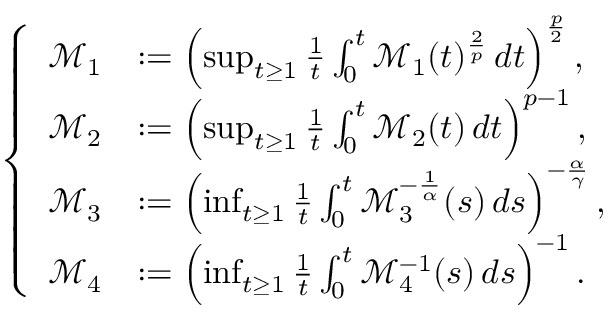
\left\{ \begin{array} { r l } { \mathscr { M } _ { 1 } } & { : = \left( \operatorname* { s u p } _ { t \geq 1 } \frac { 1 } { t } \int _ { 0 } ^ { t } \mathcal { M } _ { 1 } ( t ) ^ { \frac 2 p } \, d t \right) ^ { \frac p 2 } , } \\ { \mathscr { M } _ { 2 } } & { : = \left( \operatorname* { s u p } _ { t \geq 1 } \frac { 1 } { t } \int _ { 0 } ^ { t } \mathcal { M } _ { 2 } ( t ) \, d t \right) ^ { p - 1 } , } \\ { \mathscr { M } _ { 3 } } & { : = \left( \operatorname* { i n f } _ { t \geq 1 } \frac { 1 } { t } \int _ { 0 } ^ { t } \mathcal { M } _ { 3 } ^ { - \frac { 1 } { \alpha } } ( s ) \, d s \right) ^ { - \frac { \alpha } { \gamma } } , } \\ { \mathscr { M } _ { 4 } } & { : = \left( \operatorname* { i n f } _ { t \geq 1 } \frac { 1 } { t } \int _ { 0 } ^ { t } \mathcal { M } _ { 4 } ^ { - 1 } ( s ) \, d s \right) ^ { - 1 } . } \end{array} \right.